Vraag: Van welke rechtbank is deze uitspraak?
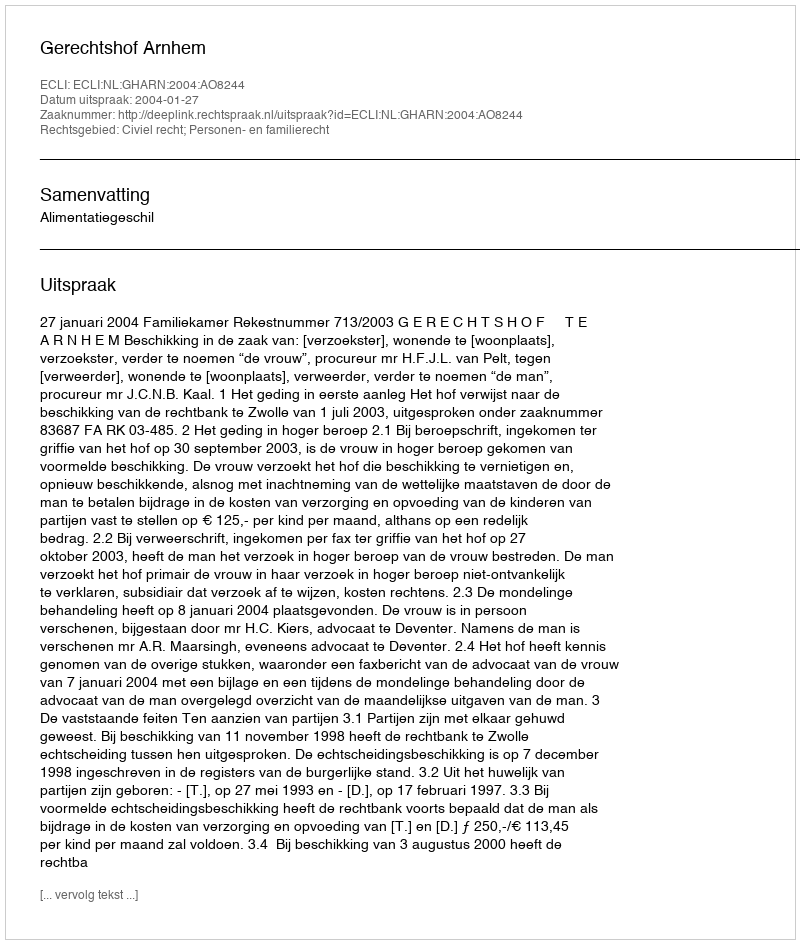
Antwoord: Gerechtshof Arnhem